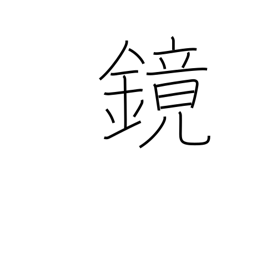
Meaning: barrel-head